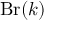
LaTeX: \operatorname { B r } ( k )